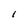
Character: 1